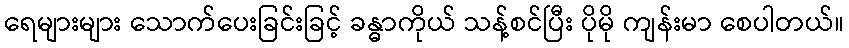
ရေများများ သောက်ပေးခြင်းခြင့် ခန္ဓာကိုယ် သန့်စင်ပြီး ပိုမို ကျန်းမာ စေပါတယ်။